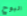
البوح